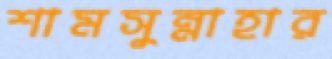
শামসুন্নাহার